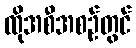
ထိုအစီအစဉ်တွင်